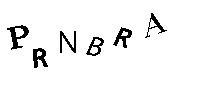
PRNBRA